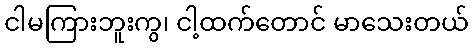
ငါမကြားဘူးကွ၊ ငါ့ထက်တောင် မာသေးတယ်